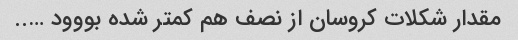
مقدار شکلات کروسان از نصف هم کمتر شده بووود …..